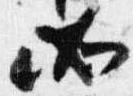
如